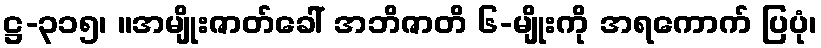
ဋ္ဌ-၃၁၅၊ ။အမျိုးဇာတ်ခေါ် အဘိဇာတိ ၆-မျိုးကို အရကောက် ပြပုံ၊